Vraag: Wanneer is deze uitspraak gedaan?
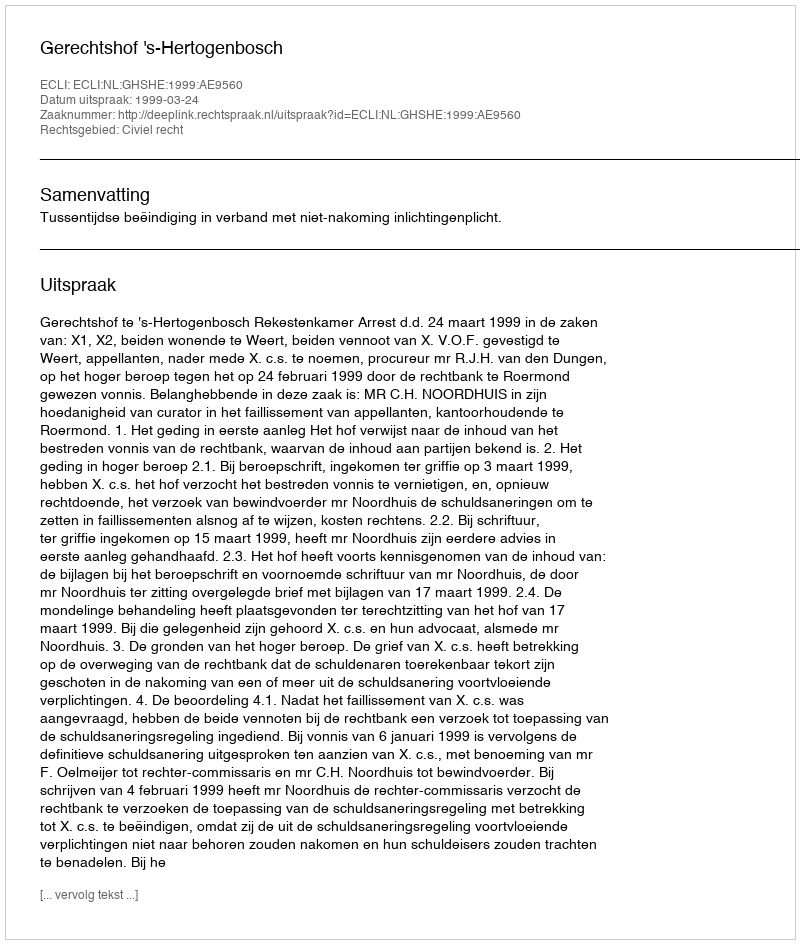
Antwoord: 1999-03-24